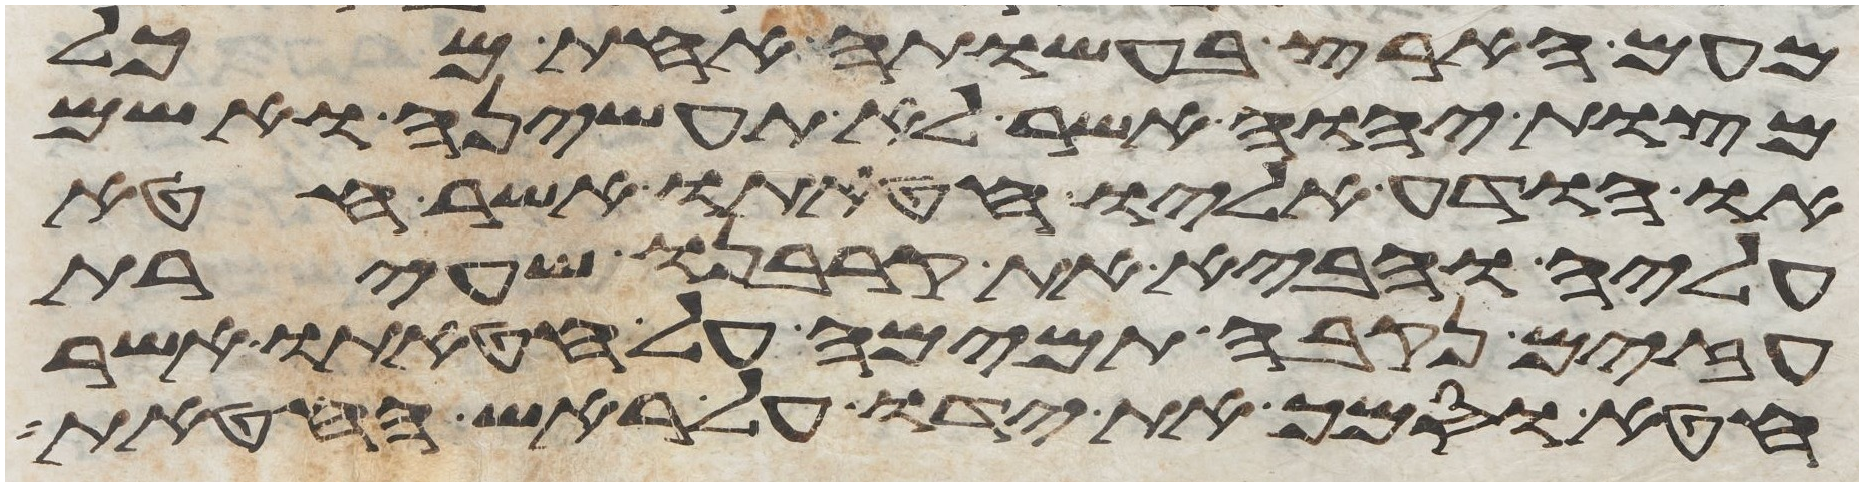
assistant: מעם הארץ בעשותה אחת מכל
מצות יהוה אשר לא תעשיהן ואשם
או הודע אליו חטאתו אשר חטא
עליה והביא את קרבנו שעירת
עזים נקבה תמימה על חטאתו אשר
חטא וסמך את ידו על ראש החטאת